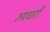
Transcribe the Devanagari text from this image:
रुपधारी